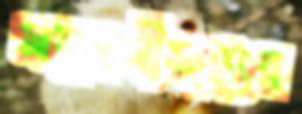
সমুদ্রসীমান্তের